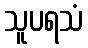
သူပရသံ